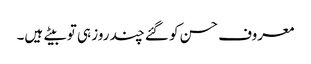
معروف حسن کو گئے چند روز ہی تو بیتے ہیں۔